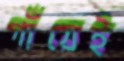
গাঁয়েই